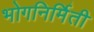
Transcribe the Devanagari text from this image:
भोगनिर्मिती